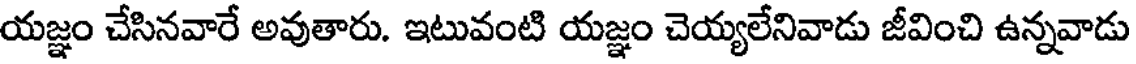
యజ్ఞం చేసినవారే అవుతారు. ఇటువంటి యజ్ఞం చెయ్యలేనివాడు జీవించి ఉన్నవాడు